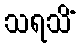
သရသိံ